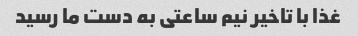
غذا با تاخیر نیم ساعتی به دست ما رسید